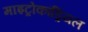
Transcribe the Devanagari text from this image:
माइट्रोकांड्रियल